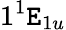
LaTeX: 1^{1}\mathtt{E}_{1u}